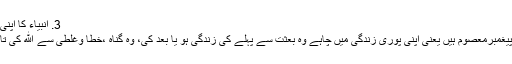
3. انبیاء کا اپنی پوری زندگی میں معصوم ہونا:
ہمارا عقیدہ ہے کہ الله کے تمام پیغمبرمعصوم ہیں یعنی اپنی پوری زندگی میں چاہے وہ بعثت سے پہلے کی زندگی ہو یا بعد کی، وہ گناہ ،خطا وغلطی سے الله کی تائید کے ساتھ محفوظ رہتے ہیں ۔